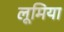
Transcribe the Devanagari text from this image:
लूमिया